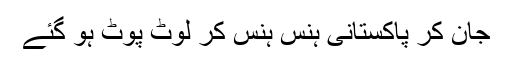
جان کر پاکستانی ہنس ہنس کر لوٹ پوٹ ہو گئے